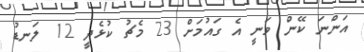
އަންނަ ކޭން ވަނީ އެ ގައުމަށް 23 މެޗު ކުޅެދީ 12 ލަނޑު